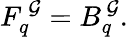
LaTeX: F_{q}^{\, \cal G}=B_{q}^{\, \cal G}.